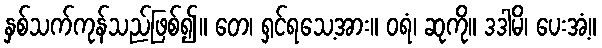
နှစ်သက်ကုန်သည်ဖြစ်၍။ တေ၊ ရှင်ရသေ့အား။ ဝရံ၊ ဆုကို။ ဒဒါမိ၊ ပေးအံ့။